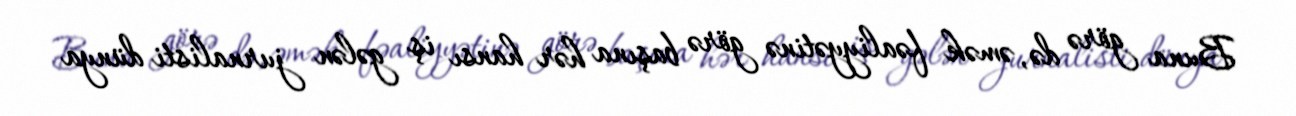
Buna görə də, əmək fəaliyyətinə görə başına hər hansı iş gələn jurnalisti dünya